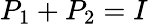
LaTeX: P_{1}+P_{2}=I